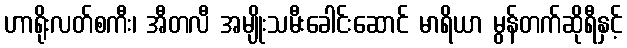
ဟာရိုးလတ်စကီး၊ အီတလီ အမျိုးသမီးခေါင်းဆောင် မာရိယာ မွန်တက်ဆိုရီနှင့်